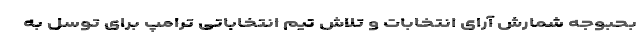
بحبوجه شمارش آرای انتخابات و تلاش تیم انتخاباتی ترامپ برای توسل به